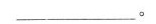
___。